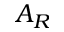
A _ { R }